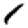
Digit: 1